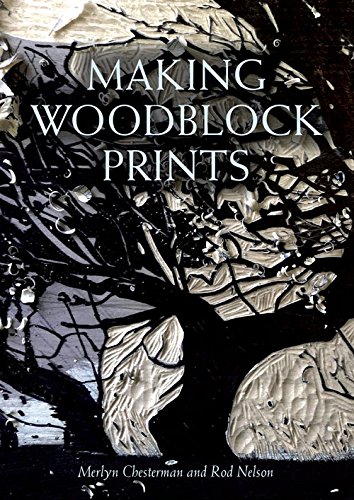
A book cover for Making Woodblock Prints; Merlyn Chesterton; Arts & Photography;